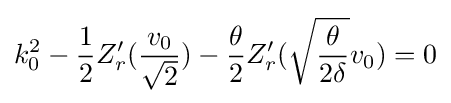
k_{0}^{2}-{\frac {1}{2}}Z_{r}'({\frac {v_{0}}{\sqrt {2}}})-{\frac {\theta }{2}}Z_{r}'({\sqrt {\frac {\theta }{2\delta }}}v_{0})=0